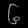
Digit: ၆